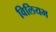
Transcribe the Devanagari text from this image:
विलियभ